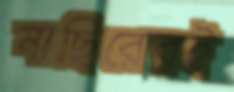
নাছিরেরই